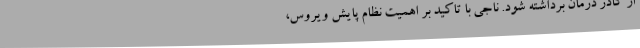
از کادر درمان برداشته شود. ناجی با تاکید بر اهمیت نظام پایش ویروس،